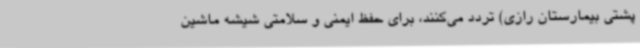
پشتی بیمارستان رازی) تردد می‌کنند، برای حفظ ایمنی و سلامتی شیشه ماشین